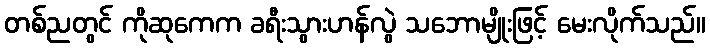
တစ်ညတွင် ကိုဆုကေက ခရီးသွားဟန်လွဲ သဘောမျိုးဖြင့် မေးလိုက်သည်။